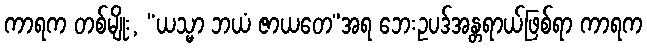
ကာရက တစ်မျိုး, “ယသ္မာ ဘယံ ဇာယတေ”အရ ဘေးဥပဒ်အန္တရာယ်ဖြစ်ရာ ကာရက